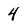
Character: 4